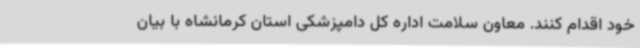
خود اقدام کنند. معاون سلامت اداره کل دامپزشکی استان کرمانشاه با بیان